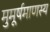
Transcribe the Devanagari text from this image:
मुमूर्षमाणस्य